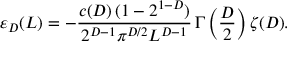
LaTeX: \varepsilon _ { D } ( L ) = - \frac { c ( D ) \, ( 1 - 2 ^ { 1 - D } ) } { 2 ^ { D - 1 } \pi ^ { D / 2 } L ^ { D - 1 } } \, \Gamma \left( \frac { D } { 2 } \right) \zeta ( D ) .